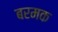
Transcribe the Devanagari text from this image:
बरमक